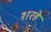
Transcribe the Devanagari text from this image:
शरहे